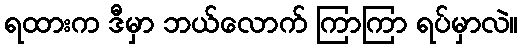
ရထားက ဒီမှာ ဘယ်လောက် ကြာကြာ ရပ်မှာလဲ။